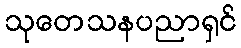
သုတေသနပညာရှင်